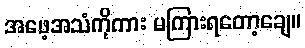
အဖေ့အသံကိုကား မကြားရတော့ချေ။